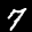
Label: 7